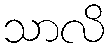
သာလိ